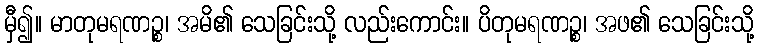
မှီ၍။ မာတုမရဏဉ္စ၊ အမိ၏ သေခြင်းသို့ လည်းကောင်း။ ပိတုမရဏဉ္စ၊ အဖ၏ သေခြင်းသို့